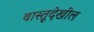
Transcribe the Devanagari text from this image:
वास्तूदेखील